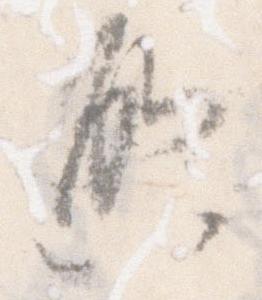
啓